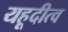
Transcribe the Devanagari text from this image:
यहूदीत्व